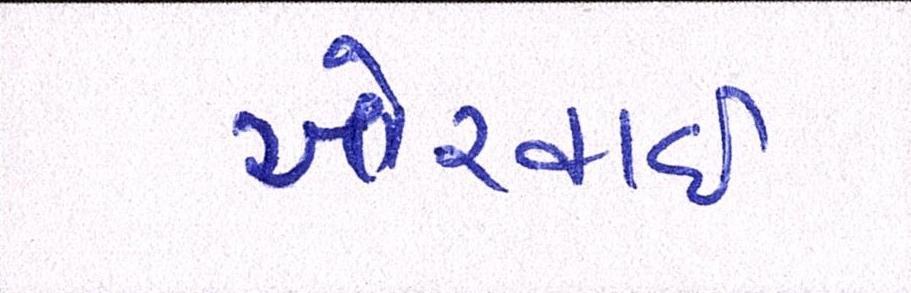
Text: ખોરવાઈ